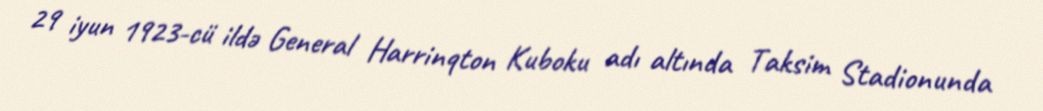
29 iyun 1923-cü ildə General Harrinqton Kuboku adı altında Taksim Stadionunda